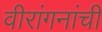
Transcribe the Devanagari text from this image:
वीरांगनांची